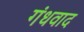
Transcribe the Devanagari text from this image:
गंधवाद